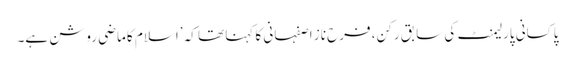
پاکسانی پارلیمنٹ کی سابق رکن، فرح ناز اصفہانی کا کہنا تھا کہ ’اسلام کا ماضی روشن ہے۔